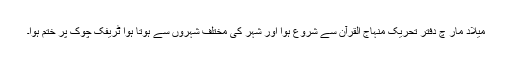
میلاد مار چ دفتر تحریک منہاج القرآن سے شروع ہوا اور شہر کی مختلف شہروں سے ہوتا ہوا ٹریفک چوک پر ختم ہوا۔